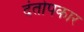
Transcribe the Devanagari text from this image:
दंतोपकार